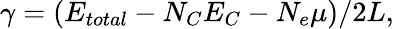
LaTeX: \gamma=(E_{total}-N_{C}E_{C}-N_{e}\mu)/2L,